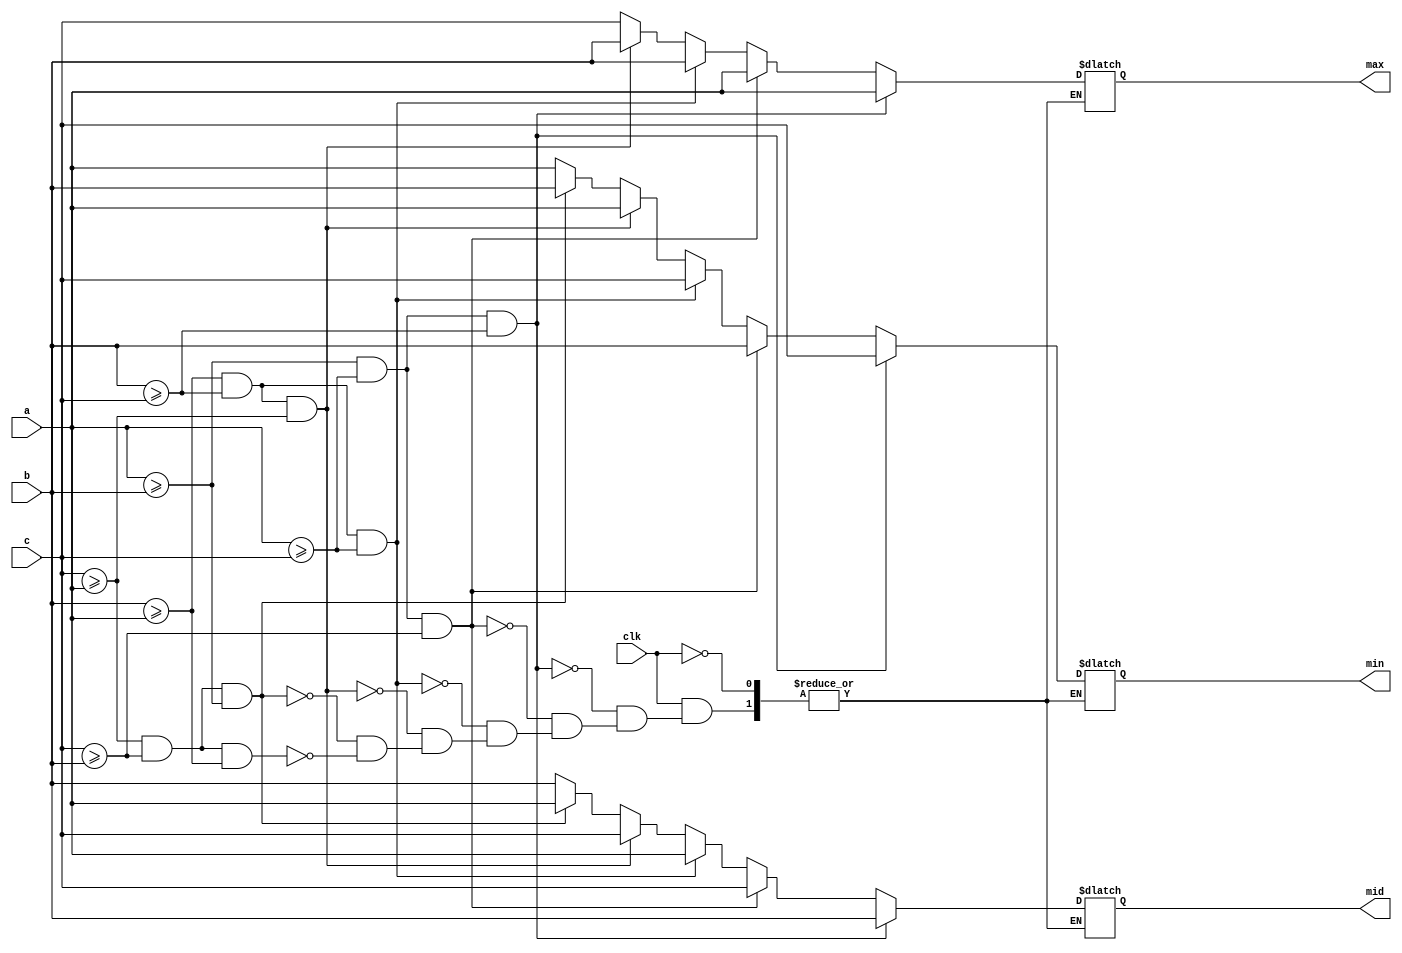
//////////////////////////////////////////////////////////////////////////////////////////////
//
// Verilog file generated by X-HDL - Revision 3.2.52  Mar. 28, 2005 
// Mon May 26 10:24:11 2014
//
//      Input file         : L:/2012EDA/signal2/signal2_lab/lab4imagenoise/DE2_115_SOBEL_SDC/mdianfilter/medianfilter.vhd
//      Design name        : tri_compare
//      Author             : 
//      Company            : 
//
//      Description        : 
//
//
//////////////////////////////////////////////////////////////////////////////////////////////
//
module tri_compare (clk, a, b, c, max, mid, min);

   parameter width  = 8;
   input clk; 
   input[width - 1:0] a; 
   input[width - 1:0] b; 
   input[width - 1:0] c; 
   output[width - 1:0] max; 
   reg[width - 1:0] max;
   output[width - 1:0] mid; 
   reg[width - 1:0] mid;
   output[width - 1:0] min; 
   reg[width - 1:0] min;

   always @(clk)
   begin
      if (clk == 1'b1)
      begin
         if (a >= b & a >= c & b >= c)
         begin
            max <= a ; 
            mid <= b ; 
            min <= c ; 
         end
         else if (a >= b & a >= c & c >= b)
         begin
            max <= a ; 
            mid <= c ; 
            min <= b ; 
         end
         else if (b >= a & b >= c & a >= c)
         begin
            max <= b ; 
            mid <= a ; 
            min <= c ; 
         end
         else if (b >= a & b >= c & c >= a)
         begin
            max <= b ; 
            mid <= c ; 
            min <= a ; 
         end
         else if (c >= a & c >= b & a >= b)
         begin
            max <= c ; 
            mid <= a ; 
            min <= b ; 
         end
         else if (c >= a & c >= b & b >= a)
         begin
            max <= c ; 
            mid <= b ; 
            min <= a ; 
         end 
      end 
   end 
endmodule